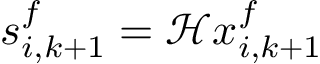
\boldsymbol { s } _ { i , k + 1 } ^ { f } = \mathcal { H } \boldsymbol { x } _ { i , k + 1 } ^ { f }